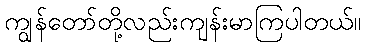
ကျွန်တော်တို့လည်းကျန်းမာကြပါတယ်။